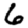
Digit: 6